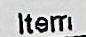
ITERM